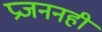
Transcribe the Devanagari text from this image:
प्रजननही